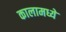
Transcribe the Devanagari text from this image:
कालामध्ये